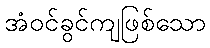
အံဝင်ခွင်ကျဖြစ်သော